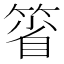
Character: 箵